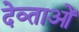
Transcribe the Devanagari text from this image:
देव्ताओं